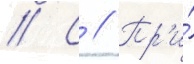
// С // Пр'и́